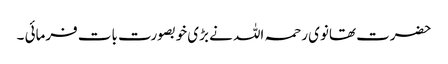
حضرت تھانوی رحمہ اللہ نے بڑی خوبصورت بات فرمائی ۔